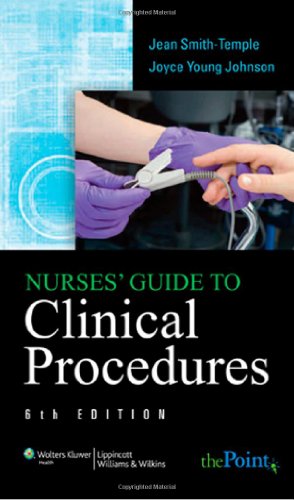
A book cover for Nurses' Guide to Clinical Procedures (Nurse Guide to Clinical Procedures); Jean Smith-Temple; Medical Books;